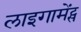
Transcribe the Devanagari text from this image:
लाइगामेंट्स